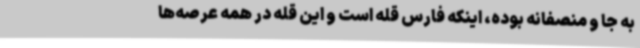
به جا و منصفانه بوده، اینکه فارس قله است و این قله در همه عرصه‌ها